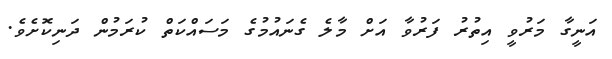
އަނީގާ މަރުވީ އިތުރު ފަރުވާ އަށް މާލެ ގެނައުމުގެ މަސައްކަތް ކުރަމުން ދަނިކޮށެވެ.